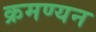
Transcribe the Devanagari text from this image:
क्रमण्यन